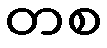
တစ